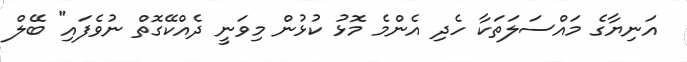
އަނިޔާގެ މައްސަލަތަކާ ހެދި އެންމެ މޮޅު ކުޅުން މިވަނީ ދެއްކޭގޮތް ނުވެފައި" ބޭލް